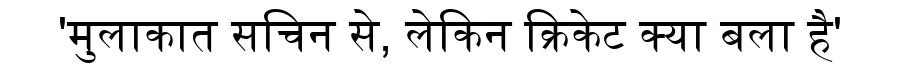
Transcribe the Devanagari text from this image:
'मुलाकात सचिन से, लेकिन क्रिकेट क्या बला है'